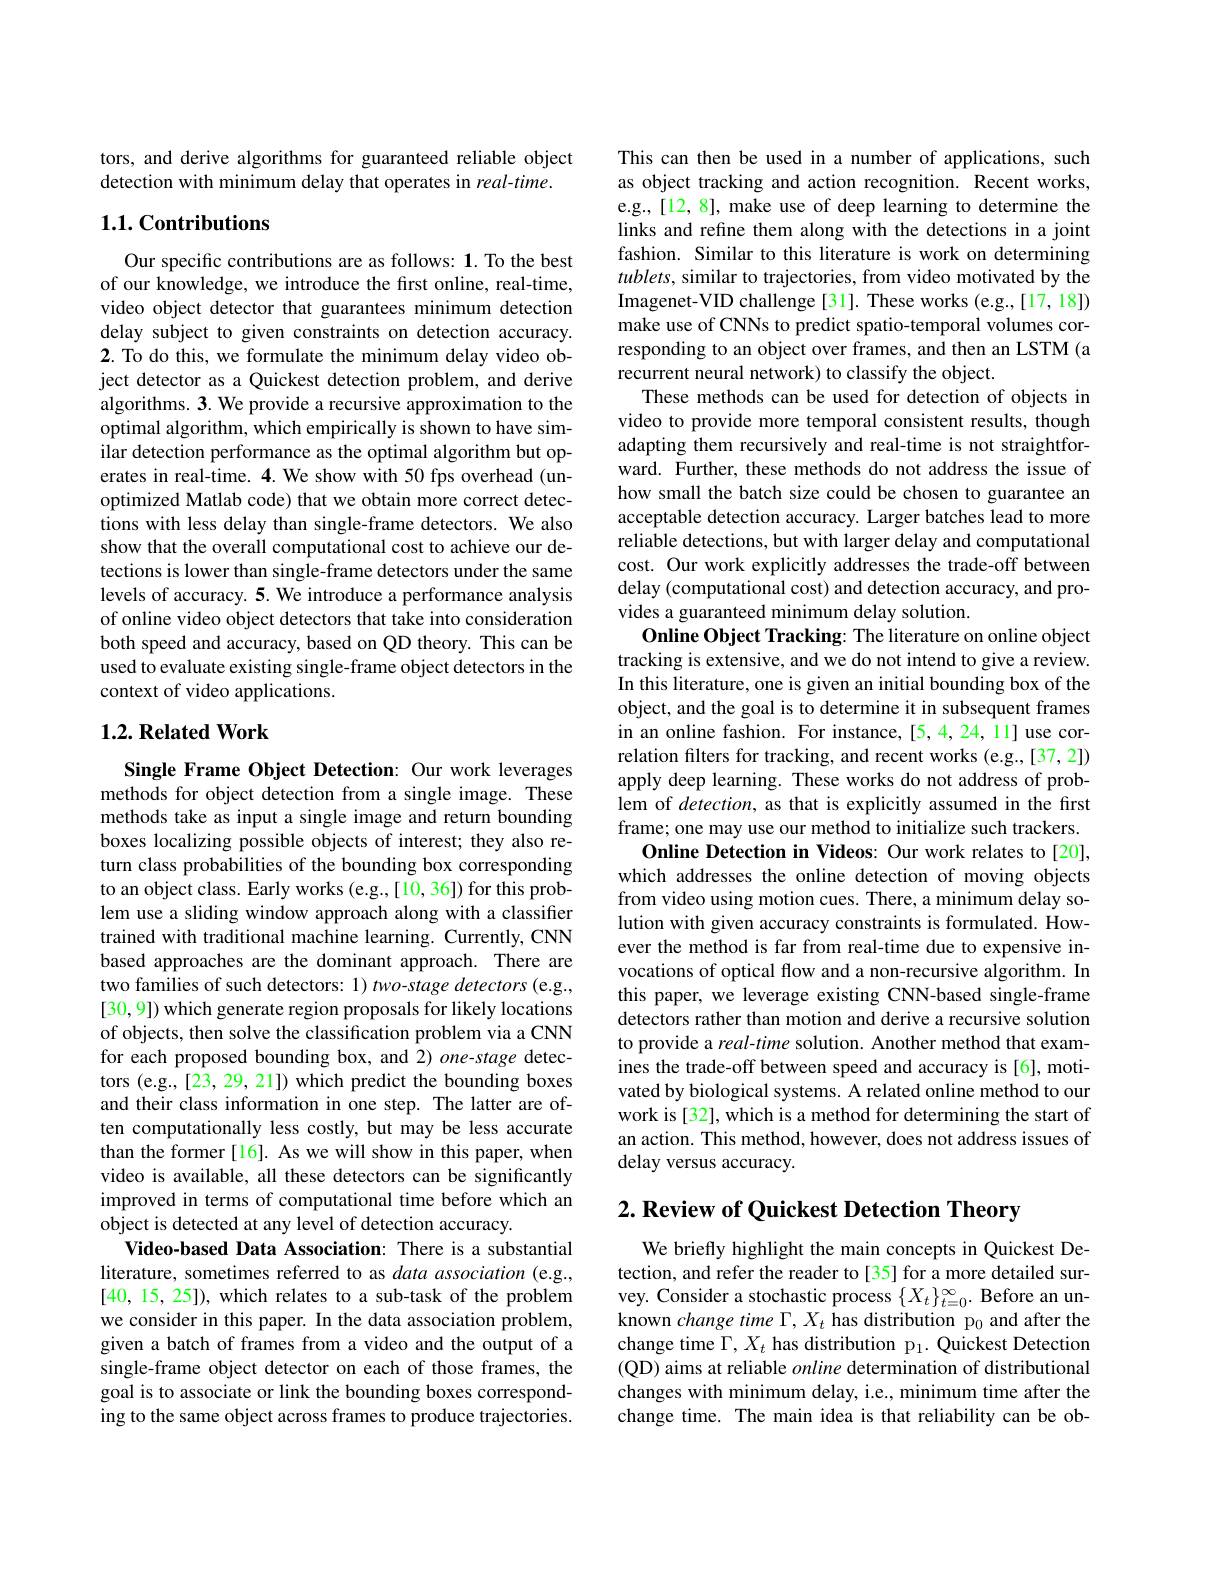
tors, and derive algorithms for guaranteed reliable object
detection with minimum delay that operates in real-time.

## 1.1. Contributions

Our specific contributions are as follows: 1. To the best of our knowledge, we introduce the first online, real-time, video object detector that guarantees minimum detection delay subject to given constraints on detection accuracy. 2. To do this, we formulate the minimum delay video object detector as a Quickest detection problem, and derive algorithms. 3. We provide a recursive approximation to the optimal algorithm, which empirically is shown to have similar detection performance as the optimal algorithm but operates in real-time. 4. We show with 50 fps overhead (unoptimized Matlab code) that we obtain more correct detections with less delay than single-frame detectors. We also show that the overall computational cost to achieve our detections is lower than single-frame detectors under the same levels of accuracy. 5. We introduce a performance analysis of online video object detectors that take into consideration both speed and accuracy, based on QD theory. This can be used to evaluate existing single-frame object detectors in the context of video applications.

### $1. 2. \textbf{Related Work}$

Single Frame Object Detection: Our work leverages methods for object detection from a single image. These methods take as input a single image and return bounding boxes localizing possible objects of interest; they also return class probabilities of the bounding box corresponding to an object class. Early works (e.g.,[10,36]) for this problem use a sliding window approach along with a classifier trained with traditional machine learning. Currently, CNN based approaches are the dominant approach. There are two families of such detectors: 1) two-stage detectors (e.g., [30,9]) which generate region proposals for likely locations of objects, then solve the classification problem via a CNN for each proposed bounding box, and 2) one-stage detectors (e.g.,[23,29,21]) which predict the bounding boxes and their class information in one step. The latter are often computationally less costly, but may be less accurate than the former[16]. As we will show in this paper, when video is available, all these detectors can be significantly improved in terms of computational time before which an object is detected at any level of detection accuracy.
Video-based Data Association: There is a substantial literature, sometimes referred to as data association (e.g., [40,15,25]), which relates to a sub-task of the problem we consider in this paper. In the data association problem, given a batch of frames from a video and the output of a single-frame object detector on each of those frames, the goal is to associate or link the bounding boxes corresponding to the same object across frames to produce trajectories.

This can then be used in a number of applications, such as object tracking and action recognition. Recent works, e.g.,[12,8], make use of deep learning to determine the links and refine them along with the detections in a joint fashion. Similar to this literature is work on determining $tublets$, similar to trajectories, from video motivated by the Imagenet-VID challenge[31]. These works (e.g.,[17,18]) make use of CNNs to predict spatio-temporal volumes corresponding to an object over frames, and then an LSTM (a recurrent neural network) to classify the object.
These methods can be used for detection of objects in video to provide more temporal consistent results, though adapting them recursively and real-time is not straightforward. Further, these methods do not address the issue of how small the batch size could be chosen to guarantee an acceptable detection accuracy. Larger batches lead to more reliable detections, but with larger delay and computational cost. Our work explicitly addresses the trade-off between delay (computational cost) and detection accuracy, and provides a guaranteed minimum delay solution.
Online Object Tracking: The literature on online object tracking is extensive, and we do not intend to give a review. In this literature, one is given an initial bounding box of the object, and the goal is to determine it in subsequent frames in an online fashion. For instance,[5,4,24,11] use correlation filters for tracking, and recent works (e.g.,[37,2]) apply deep learning. These works do not address of problem of detection, as that is explicitly assumed in the first frame; one may use our method to initialize such trackers.
Online Detection in Videos: Our work relates to[20], which addresses the online detection of moving objects from video using motion cues. There, a minimum delay solution with given accuracy constraints is formulated. However the method is far from real-time due to expensive invocations of optical flow and a non-recursive algorithm. In this paper, we leverage existing CNN-based single-frame detectors rather than motion and derive a recursive solution to provide a real-time solution. Another method that examines the trade-off between speed and accuracy is [6], motivated by biological systems. A related online method to our work is [32], which is a method for determining the start of an action. This method, however, does not address issues of delay versus accuracy.

## $2. \textbf{ Review of Quickest Detection Theory}$

We briefly highlight the main concepts in Quickest Detection, and refer the reader to[35] for a more detailed survey. Consider a stochastic process $\{X_{t}\}_{t=0}^{\infty}.$ Before an unknown change time $\Gamma,X_t$ has distribution p$_0$ and after the change time $\Gamma,X_t$ has distribution p$_1.$ Quickest Detection (QD) aims at reliable online determination of distributional changes with minimum delay, i.e., minimum time after the change time. The main idea is that reliability can be ob-